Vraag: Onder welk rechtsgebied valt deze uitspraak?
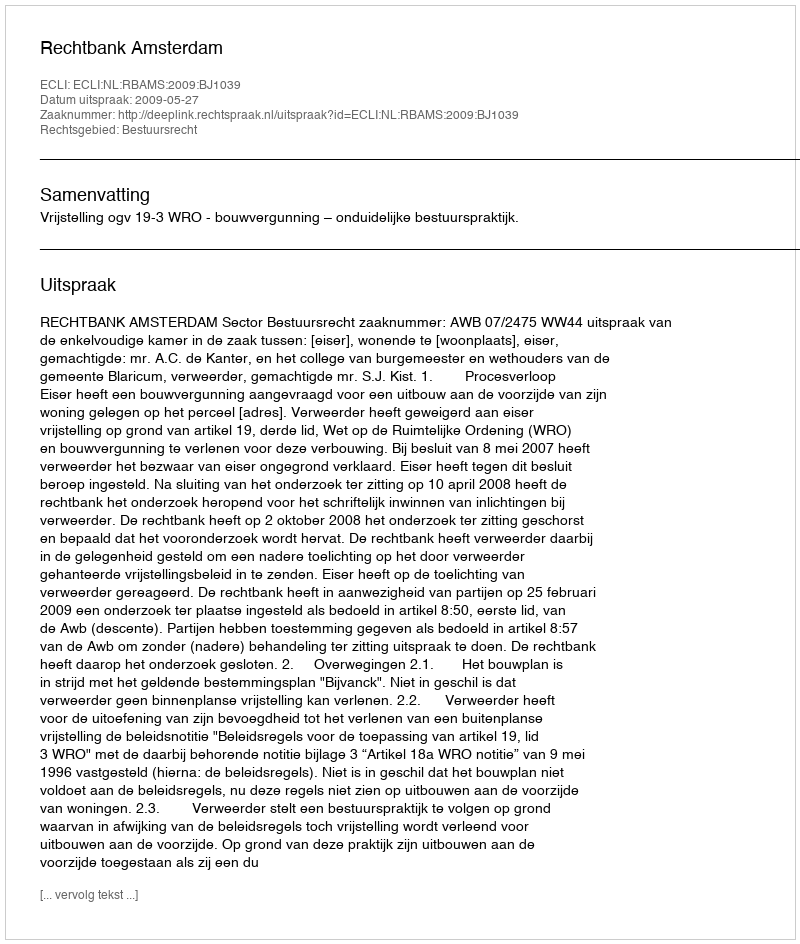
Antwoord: Bestuursrecht